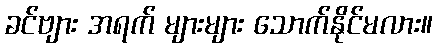
ခင်ဗျား အရက် များများ သောက်နိုင်မလား။